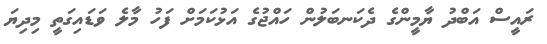
ރައީސް އަބްދު ޔާމީންގެ ދެކަނބަލުން ހައްޖުގެ އަޅުކަމަށް ފަހު މާލެ ވަޑައިގަތީ މިދިޔަ